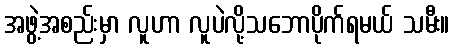
အဖွဲ့အစည်းမှာ လူဟာ လူပဲလို့သဘောပိုက်ရမယ် သမီး။